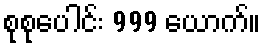
စုစုပေါင်း 999 ယောက်။